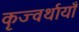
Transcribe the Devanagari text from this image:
कृज्वर्थायाँ